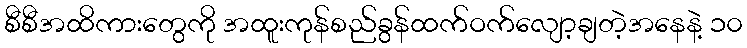
စီစီအထိကားတွေကို အထူးကုန်စည်ခွန်ထက်ဝက်လျော့ချတဲ့အနေနဲ့ ၁၀